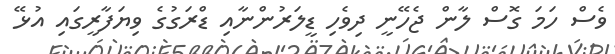
ވެސް ހަމަ ގޮސް ލާން ޖެހޭނީ ދިވެހި ޑީލަރުންނާއި ޑްރަގުގެ ވިޔަފާރީގައި އުޅޭ